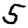
Digit: 5